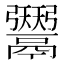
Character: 𱆑